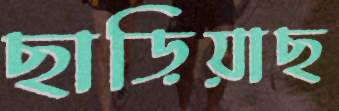
ছাড়িয়াছ